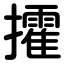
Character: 攉